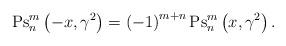
LaTeX: \begin{align*}\operatorname{Ps}_{n}^{m}\left( {-x,\gamma^{2}}\right) =\left( {-1}\right)^{m+n}\operatorname{Ps}_{n}^{m}\left( {x,\gamma^{2}}\right) . \end{align*}